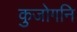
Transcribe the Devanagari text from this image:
कुजोगनि